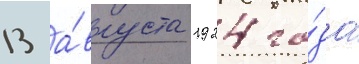
13 а́вгуста 1924 го́да